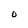
Character: O